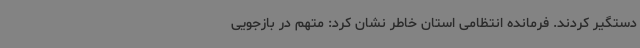
دستگیر کردند. فرمانده انتظامی استان خاطر نشان کرد: متهم در بازجویی